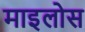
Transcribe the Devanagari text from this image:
माइलोस